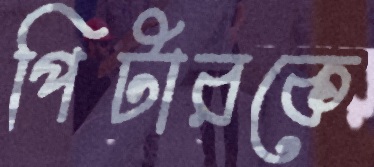
পিটারকে